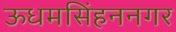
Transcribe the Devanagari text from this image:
ऊधमसिंहननगर